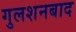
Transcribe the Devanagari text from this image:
गुलशनबाद